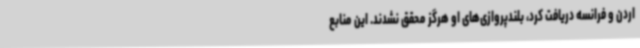
اردن و فرانسه دریافت کرد، بلندپروازی‌های او هرگز محقق نشدند. این منابع